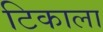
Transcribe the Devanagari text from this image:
टिकाला